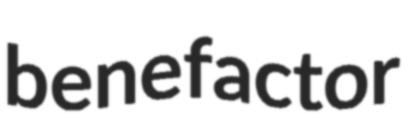
benefactor